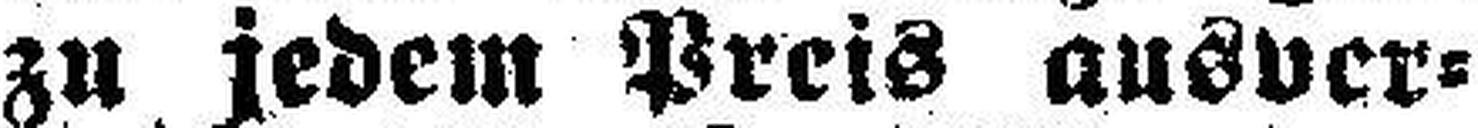
zu jedem Preis ausver¬